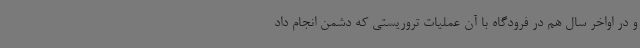
و در اواخر سال هم در فرودگاه با آن عملیات تروریستی که دشمن انجام داد